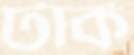
টার্ক